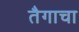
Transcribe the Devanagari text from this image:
तैगाचा